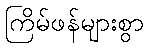
ကြိမ်ဖန်များစွာ